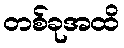
တစ်ခုအထိ